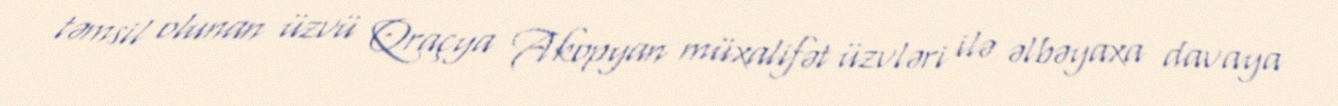
təmsil olunan üzvü Qraçya Akopyan müxalifət üzvləri ilə əlbəyaxa davaya